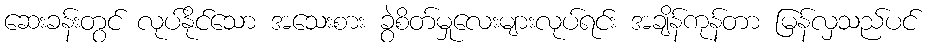
ဆေးခန်းတွင် လုပ်နိုင်သော အသေးစား ခွဲစိတ်မှုလေးများလုပ်ရင်း အချိန်ကုန်တာ မြန်လှသည်ပင်